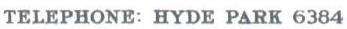
TELEPHONE: HYDE PARK 6384